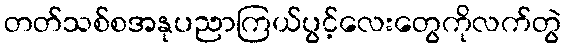
တတ်သစ်စအနုပညာကြယ်ပွင့်လေးတွေကိုလက်တွဲ